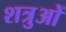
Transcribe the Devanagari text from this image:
शत्रुओें